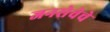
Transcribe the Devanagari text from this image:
जनसेवेचे